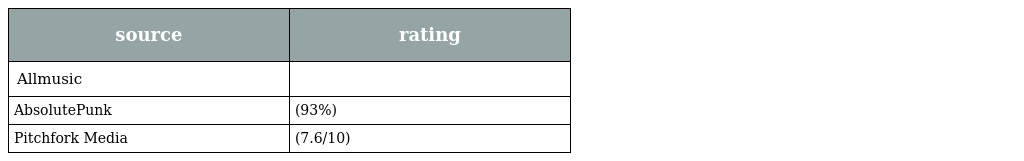
| source | rating |
 | --- | --- |
 | Allmusic |  |
 | AbsolutePunk | (93%) |
 | Pitchfork Media | (7.6/10) |